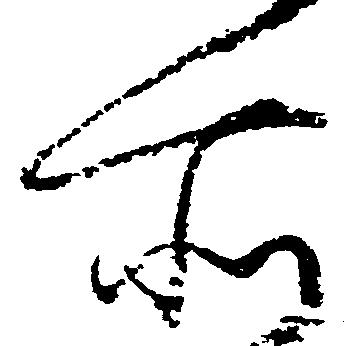
所